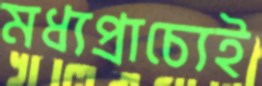
মধ্যপ্রাচ্যেই